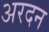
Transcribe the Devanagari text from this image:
अरदन